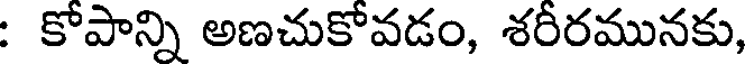
: కోపాన్ని అణచుకోవడం, శరీరమునకు,